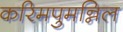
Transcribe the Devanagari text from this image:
करिमपुमन्निल